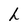
Character: h